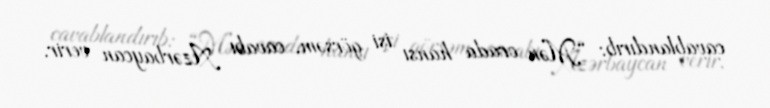
cavablandırıb: “Mən orada hansı işi görsəm, cavabı Azərbaycan verir.